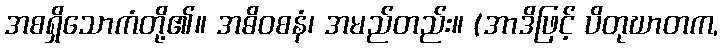
အစရှိသောကံတို့၏။ အဓိဝစနံ၊ အမည်တည်း။ (အာဒိဖြင့် ပိတုဃာတက,